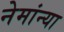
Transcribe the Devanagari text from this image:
नेमांन्या